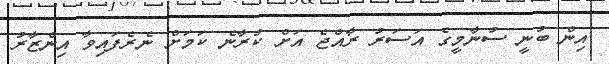
އިން ބުނީ ސުނާމީގެ އަސަރު ރާއްޖެ އަށް ކުރާނެ ކަމަށް ނެރެފައިވާ އިންޒާރު